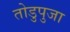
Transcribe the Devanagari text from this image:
तोडुपुजा